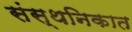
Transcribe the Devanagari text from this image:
संस्थनिकात